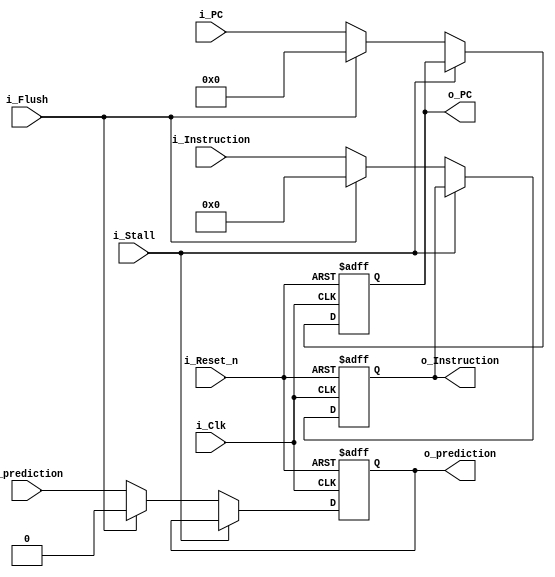
// Pipeline stage
module pipe_dec_qr 	#(
						parameter ADDRESS_WIDTH = 32,
						parameter DATA_WIDTH = 22
					)
					(
						// Inputs
						input i_Clk,
						input i_Reset_n,	// Async reset (highest priority)
						input i_Flush,			// Flush (lowest priority)
						input i_Stall,		// Stall (2nd highest priority)

							// Pipe in/out
						input [ADDRESS_WIDTH-1:0] i_PC,
						output reg [ADDRESS_WIDTH-1:0] o_PC,
						input [DATA_WIDTH-1:0] i_Instruction,
						output reg [DATA_WIDTH-1:0] o_Instruction,
						input i_prediction,				//prediction from branch predictor
						output reg o_prediction
					);

		// Asynchronous output driver
	always @(posedge i_Clk or negedge i_Reset_n)
	begin
		if( !i_Reset_n )
		begin
			// Initialize outputs to 0s
			o_Instruction <= 0;
			o_PC <= 0;
			o_prediction <= 0;
		end
		else
		begin
			if( !i_Stall )
			begin
				if( i_Flush )
				begin
					// Pass through all 0s
					o_Instruction <= 0;
					o_PC <= 0;
					o_prediction <= 0;
				end
				else
				begin
					// Pass through signals
					o_Instruction <= i_Instruction;
					o_PC <= i_PC;
					o_prediction <= i_prediction;
				end
			end
		end
	end

endmodule